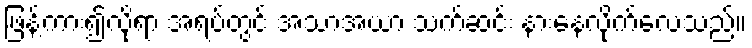
ဖြန့်ကား၍လိုရာ အရပ်တွင် အသာအယာ သက်ဆင်း နားနေလိုက်လေသည်။